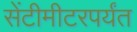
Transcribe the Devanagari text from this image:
सेंटीमीटरपर्यंत